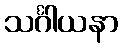
သင်္ဂါယနာ